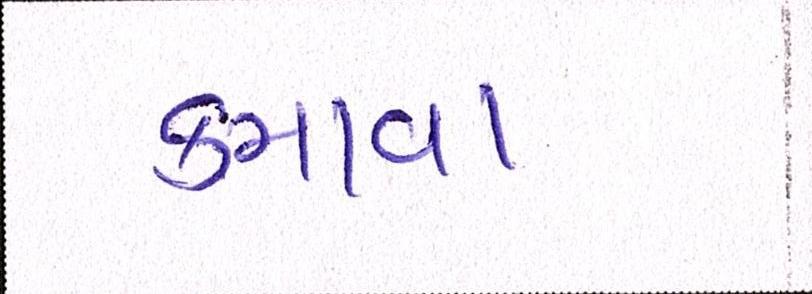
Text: કમાવા